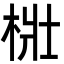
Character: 梉